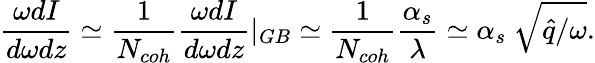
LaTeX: \frac{\omega dI}{d\omega dz}\simeq\frac{1}{N_{coh}}\frac{\omega dI}{d\omega dz}\vert_{GB}\simeq\frac{1}{N_{coh}}\frac{\alpha_{s}}{\lambda}\simeq\alpha_{s}~\sqrt{\hat{q}/\omega}.